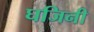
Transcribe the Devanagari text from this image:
घजिनी